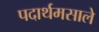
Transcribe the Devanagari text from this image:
पदार्थमसाले